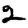
Digit: 2